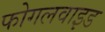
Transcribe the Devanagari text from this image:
फोगलवाइड